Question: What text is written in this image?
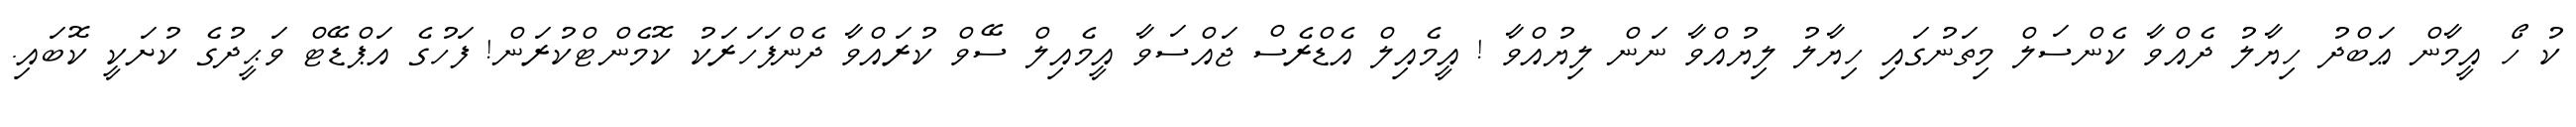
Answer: ކު ހޯ އީމާން ޢަބްދު ހިޔާލު ދެއްވާ ކެންސަލް މިތަނުގައި ހިޔާލު ލިޔުއްވާ ނަން ލިޔުއްވާ ! އީމެއިލް އެޑްރެސް ޖައްސަވާ އީމެއިލް ސޭވް ކުރައްވާ ދެންފަހަރަކު ކޮމެންޓްކުރަން! ފަހުގެ އަޕްޑޭޓް ވަޙީދުގެ ކުށަކީ ކޮބައި.